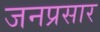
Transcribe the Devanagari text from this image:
जनप्रसार